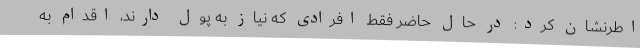
اطرنشان کرد: در حال حاضر فقط افرادی که نیاز به پول دارند، اقدام به